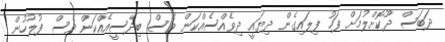
ދަބަސް ދޫކޮށްލުމަށް ފަހު ފިލައިގެން ދިޔައީ ދިވެއްސެއްކަން ވެސް ބިދޭސީއެއްކަން ވެސް ފުލުހުން